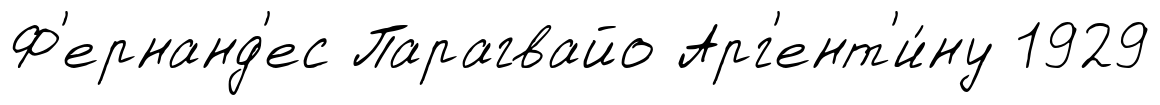
Ф'ернанд'ес Парагвайо Арг'ент'и́ну 1929